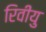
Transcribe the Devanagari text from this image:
रिवीयु